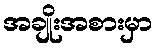
အချိုးအစားမှာ